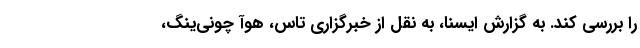
را بررسی کند. به گزارش ایسنا، به نقل از خبرگزاری تاس، هوآ چونی‌ینگ،